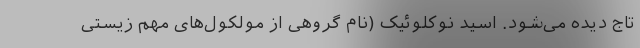
تاج دیده می‌شود. اسید نوکلوئیک (نام گروهی از مولکول‌های مهم زیستی